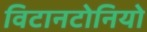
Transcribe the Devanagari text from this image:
विटानटोनियो